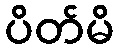
ပိတ်မိ